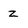
Character: z